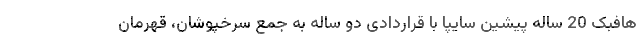
هافبک 20 ساله پیشین سایپا با قراردادی دو ساله به جمع سرخپوشان، قهرمان